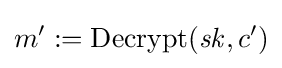
m':=\operatorname {Decrypt} ({\mathit {sk}},c')